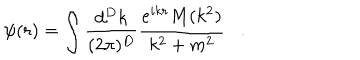
\psi ( r ) = \int \frac { d ^ { D } k } { ( 2 \pi ) ^ { D } } \frac { e ^ { i k r } M ( k ^ { 2 } ) } { k ^ { 2 } + m ^ { 2 } } .